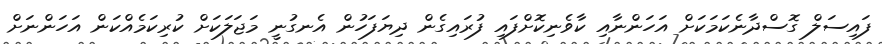
ފައިސަލް ގޮސްދާނެކަމަކަށް އަހަންނާއި ކާވެނިކޮށްފައި ފުރައިގެން ދިޔަފަހުން އެނގުނީ މަޖަލަކަށް ކުރިކަމެއްކަން އަހަންނަށް